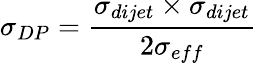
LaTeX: \sigma_{DP}={\frac{\sigma_{dijet}\times\sigma_{dijet}}{2\sigma_{eff}}}